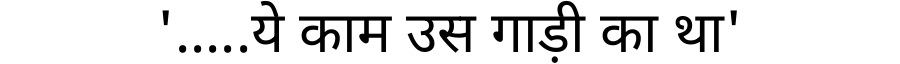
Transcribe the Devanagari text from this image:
'.....ये काम उस गाड़ी का था'